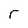
Character: r